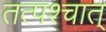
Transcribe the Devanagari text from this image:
तत्पश्‍चात्